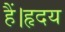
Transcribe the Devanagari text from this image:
हैं।हृदय